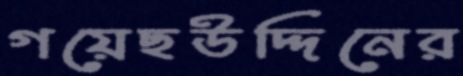
গয়েছউদ্দিনের